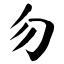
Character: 勿